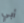
أبي